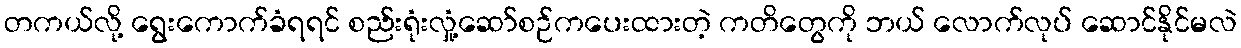
တကယ်လို့ ရွေးကောက်ခံရရင် စည်းရုံးလှုံ့ဆော်စဉ်ကပေးထားတဲ့ ကတိတွေကို ဘယ် လောက်လုပ် ဆောင်နိုင်မလဲ